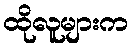
ထိုလူများက